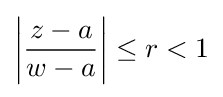
\left|{\frac {z-a}{w-a}}\right|\leq r<1